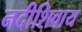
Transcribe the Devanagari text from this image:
नदीशिवाय